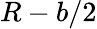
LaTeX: R-b/2